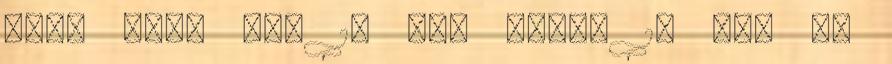
One. Régi ár: 15 490 FtÁr: 13 990 Ft